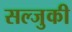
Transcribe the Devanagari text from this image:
सल्जुकी